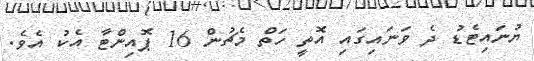
ޔުނައިޓެޑު ދެ ވަނައިގައި އޮތީ ހަތް މެޗުން 16 ޕޮއިންޓާ އެކު އެވެ.